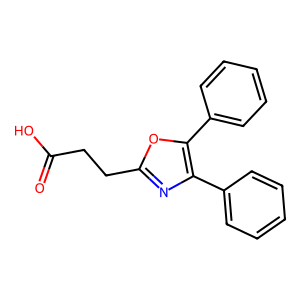
SMILES: O=C(O)CCc1nc(-c2ccccc2)c(-c2ccccc2)o1
Inhibits HIV replication: No